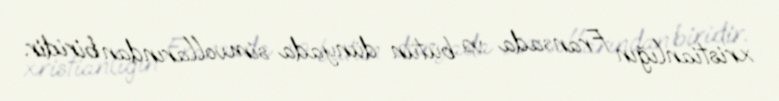
xristianlığın Fransada və bütün dünyada simvollarından biridir.